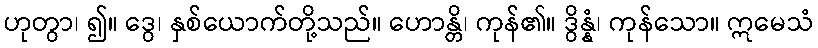
ဟုတွာ၊ ၍။ ဒွေ၊ နှစ်ယောက်တို့သည်။ ဟောန္တိ၊ ကုန်၏။ ဒွိန္နံ၊ ကုန်သော။ ဣမေသံ